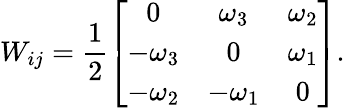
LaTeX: W_{ij}=\frac 12\left[\begin{array}{ccc}{0}&{\omega_{3}}&{\omega_{2}}\\ {-\omega_{3}}&{0}&{\omega_{1}}\\ {-\omega_{2}}&{-\omega_{1}}&{0}\end{array}\right].